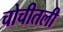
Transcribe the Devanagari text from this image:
चोचीतली